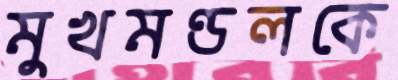
মুখমণ্ডলকে